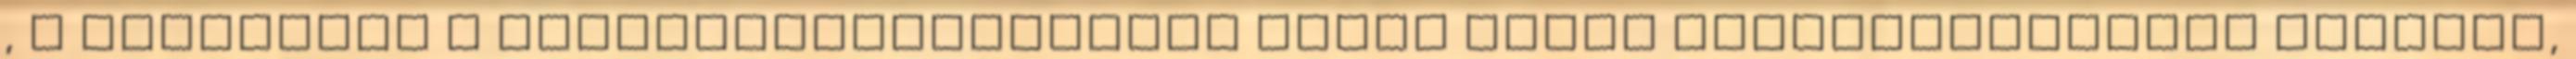
, A gyógyszer a vérnyomáscsökkentés miatt olyan mellékhatásokat okozhat,